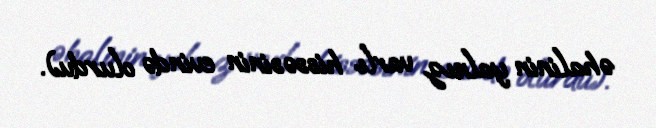
əhalinin yalnız varlı hissəsinin evində olurdu).